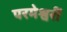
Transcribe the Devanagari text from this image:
परमेश्वरीं